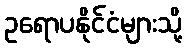
ဥရောပနိုင်ငံများသို့